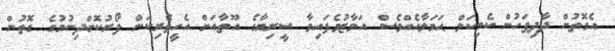
އެގޮތުން ދާދިފަހުން ކެމިކަލް ޙަމަލާއެއްވެސް އަމާޒުވެފައިވާ ސީރިޔާގެ އޫތާއަށް އެހީތެރިކަން ފޯރުކޮށްދިނުމުގެ ގޮތުން